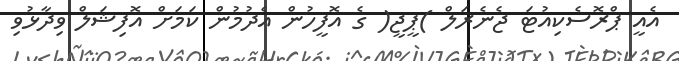
އެއީ ޕްރޮސެކިއުޓަ ޖެނެރަލް )ޕީޖީ( ގެ އޮފީހުން އެދުމުން ކަމަށް އޮފިޝަލް ވިދާޅުވި